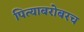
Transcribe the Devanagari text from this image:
पित्याबरोबरच